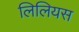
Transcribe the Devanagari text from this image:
लिलियस